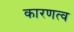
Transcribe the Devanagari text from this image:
कारणत्व